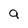
Character: 9